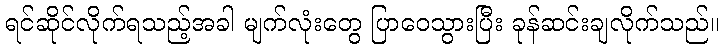
ရင်ဆိုင်လိုက်ရသည့်အခါ မျက်လုံးတွေ ပြာဝေသွားပြီး ခုန်ဆင်းချလိုက်သည်။